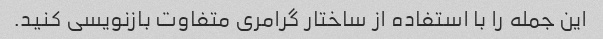
این جمله را با استفاده از ساختار گرامری متفاوت بازنویسی کنید.